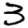
Digit: 3